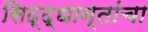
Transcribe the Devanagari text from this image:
सिद्द्धान्तांचा